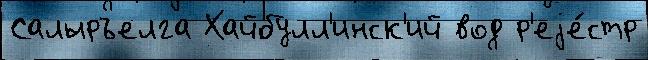
Салыръелга Хайбулл'инск'ий вод р'еjе́стр